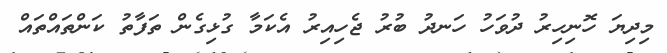
މިދިޔަ ހޮނިހިރު ދުވަހު ހަނދު ބުރު ޖެހިއިރު އެކަމާ ގުޅިގެން ތަފާތު ކަންތައްތައް